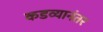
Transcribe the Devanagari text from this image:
कडव्यानंतर